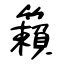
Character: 籟